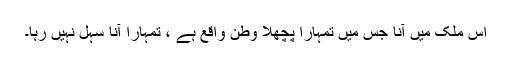
اس ملک میں آنا جس میں تمہارا پچھلا وطن واقع ہے ، تمہارا آنا سہل نہیں رہا۔